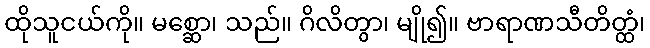
ထိုသူငယ်ကို။ မစ္ဆော၊ သည်။ ဂိလိတွာ၊ မျို၍။ ဗာရာဏသီတိတ္ထံ၊